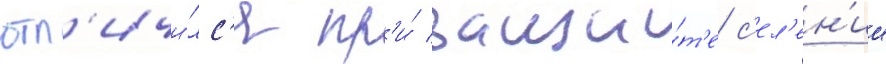
отл'ичи́лс'я пр'и́ защи́т'е с'ел'ен'ии